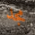
مجد